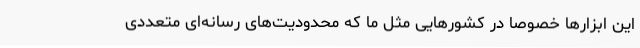
این ابزارها خصوصاً در کشورهایی مثل ما که محدودیت‌های رسانه‌ای متعددی